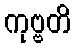
ကုဗ္ဗတိ